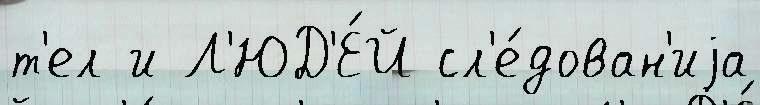
т'ел и Л'ЮД'Е́Й сл'е́дован'иjа